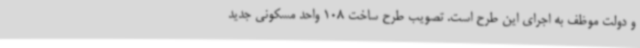
و دولت موظف به اجرای این طرح است. تصویب طرح ساخت 108 واحد مسکونی جدید